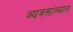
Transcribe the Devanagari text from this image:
व्यवसाव्यात